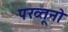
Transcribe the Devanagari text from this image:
पख्तूनो